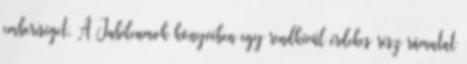
emberiséget. A Jubileumok könyvében egy rendkívül érdekes rész rámutat